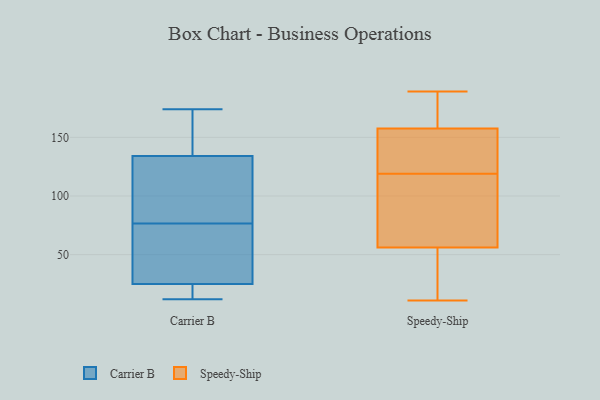
{"axis": {"x": "Latency (ms)", "y": "Value"}, "legend": ["Carrier B", "Speedy-Ship"], "data": [{"x": "", "y": 86, "type": "Carrier B"}, {"x": "", "y": 17, "type": "Carrier B"}, {"x": "", "y": 45, "type": "Carrier B"}, {"x": "", "y": 134, "type": "Carrier B"}, {"x": "", "y": 135, "type": "Carrier B"}, {"x": "", "y": 174, "type": "Carrier B"}, {"x": "", "y": 67, "type": "Carrier B"}, {"x": "", "y": 12, "type": "Carrier B"}, {"x": "", "y": 25, "type": "Carrier B"}, {"x": "", "y": 100, "type": "Carrier B"}, {"x": "", "y": 21, "type": "Carrier B"}, {"x": "", "y": 155, "type": "Carrier B"}, {"x": "", "y": 98, "type": "Carrier B"}, {"x": "", "y": 34, "type": "Carrier B"}, {"x": "", "y": 117, "type": "Speedy-Ship"}, {"x": "", "y": 121, "type": "Speedy-Ship"}, {"x": "", "y": 56, "type": "Speedy-Ship"}, {"x": "", "y": 160, "type": "Speedy-Ship"}, {"x": "", "y": 133, "type": "Speedy-Ship"}, {"x": "", "y": 175, "type": "Speedy-Ship"}, {"x": "", "y": 11, "type": "Speedy-Ship"}, {"x": "", "y": 180, "type": "Speedy-Ship"}, {"x": "", "y": 65, "type": "Speedy-Ship"}, {"x": "", "y": 53, "type": "Speedy-Ship"}, {"x": "", "y": 163, "type": "Speedy-Ship"}, {"x": "", "y": 22, "type": "Speedy-Ship"}, {"x": "", "y": 104, "type": "Speedy-Ship"}, {"x": "", "y": 189, "type": "Speedy-Ship"}, {"x": "", "y": 138, "type": "Speedy-Ship"}, {"x": "", "y": 155, "type": "Speedy-Ship"}, {"x": "", "y": 56, "type": "Speedy-Ship"}, {"x": "", "y": 97, "type": "Speedy-Ship"}, {"x": "", "y": 26, "type": "Speedy-Ship"}, {"x": "", "y": 132, "type": "Speedy-Ship"}]}